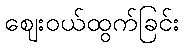
ဈေးဝယ်ထွက်ခြင်း